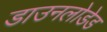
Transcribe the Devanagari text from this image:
डाउनलोडेड